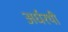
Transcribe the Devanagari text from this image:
अर्धरथी